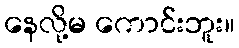
နေလို့မ ကောင်းဘူး။